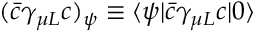
( \bar { c } \gamma _ { \mu L } c ) _ { \psi } \equiv \langle \psi | \bar { c } \gamma _ { \mu L } c | 0 \rangle